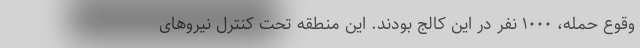
وقوع حمله، ۱۰۰۰ نفر در این کالج بودند. این منطقه تحت کنترل نیرو‌های